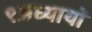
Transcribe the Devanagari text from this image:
९अध्यायों